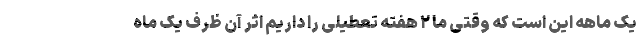
یک ماهه این است که وقتی ما ۲ هفته تعطیلی را داریم اثر آن ظرف یک ماه